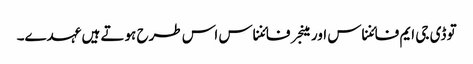
تو ڈی جی ایم فائنناس اور مینجر فائنناس اس طرح ہوتے ہیں عہدے۔